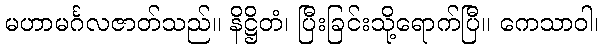
မဟာမင်္ဂလဇာတ်သည်။ နိဋ္ဌိတံ၊ ပြီးခြင်းသို့ရောက်ပြီ။ ကေသာဝါ၊